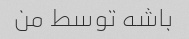
باشه توسط من